Civil Veterinary Dept. Bombay admin report 1914-1922 - 1914-1922
Year: 1914
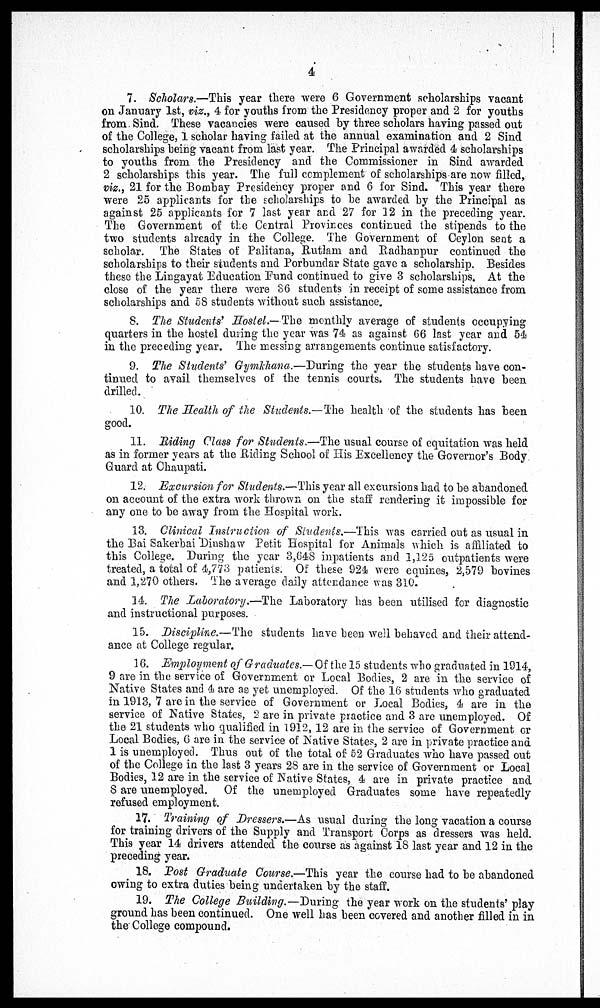
4
7. Scholars.—This year there were 6 Government scholarships vacant
on January 1st, viz., 4 for youths from the Presidency proper and 2 for youths
from Sind. These vacancies were caused by three scholars having passed out
of the College, 1 scholar having failed at the annual examination and 2 Sind
scholarships being vacant from last year. The Principal awarded 4 scholarships
to youths from the Presidency and the Commissioner in Sind awarded
2 scholarships this year. The full complement of scholarships are now filled,
viz., 21 for the Bombay Presidency proper and 6 for Sind. This year there
were 25 applicants for the scholarships to be awarded by the Principal as
against 25 applicants for 7 last year and 27 for 12 in the preceding year.
The Government of the Central Provinces continued the stipends to the
two students already in the College. The Government of Ceylon sent a
scholar. The States of Palitana, Rutlam and Radhanpur continued the
scholarships to their students and Porbundar State gave a scholarship. Besides
these the Lingayat Education Fund continued to give 3 scholarships. At the
close of the year there were 36 students in receipt of some assistance from
scholarships and 58 students without such assistance.
8. The Students' Hostel.—The monthly average of students occupying
quarters in the hostel during the year was 74 as against 66 last year and 54
in the preceding year. The messing arrangements continue satisfactory.
9. The Students' Gymkhana.—During the year the students have con-
tinued to avail themselves of the tennis courts. The students have been
drilled.
10. The Health of the Students.—The health of the students has been
good.
11. Riding Class for Students.—The usual course of equitation was held
as in former years at the Riding School of His Excellency the Governor's Body
Guard at Chaupati.
12. Excursion for Students.—This year all excursions had to be abandoned
on account of the extra work thrown on the staff rendering it impossible for
any one to be away from the Hospital work.
13. Clinical Instruction of Students.—This was carried out as usual in
the Bai Sakerbai Dinshaw Petit Hospital for Animals which is affiliated to
this College. During the year 3,648 inpatients and 1,125 outpatients were
treated, a total of 4,773 patients. Of these 924 were equines, 2,579 bovines
and 1,270 others. The average daily attendance was 310.
14. The Laboratory.—The Laboratory has been utilised for diagnostic
and instructional purposes.
15. Discipline.—The students have been well behaved and their attend-
ance at College regular.
16. Employment of Graduates.—Of the 15 students who graduated in 1914,
9 are in the service of Government or Local Bodies, 2 are in the service of
Native States and 4 are as yet unemployed. Of the 16 students who graduated
in 1913, 7 are in the service of Government or Local Bodies, 4 are in the
service of Native States, 2 are in private practice and 3 are unemployed. Of
the 21 students who qualified in 1912, 12 are in the service of Government or
Local Bodies, 6 are in the service of Native States, 2 are in private practice and
1 is unemployed. Thus out of the total of 52 Graduates who have passed out
of the College in the last 3 years 2S are in the service of Government or Local
Bodies, 12 are in the service of Native States, 4 are in private practice and
8 are unemployed. Of the unemployed Graduates some have repeatedly
refused employment.
17. Training of Dressers.—As usual during the long vacation a course
for training drivers of the Supply and Transport Corps as dressers was held.
This year 14 drivers attended the course as against 18 last year and 12 in the
preceding year.
18. Post Graduate Course.—This year the course had to be abandoned
owing to extra duties being undertaken by the staff.
19. The College Building.—During the year work on the students' play
ground has been continued. One well has been covered and another filled in in
the College compound.